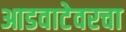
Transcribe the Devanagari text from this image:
आडवाटेवरचा